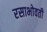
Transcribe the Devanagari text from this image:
रसाभोवती